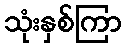
သုံးနှစ်ကြာ